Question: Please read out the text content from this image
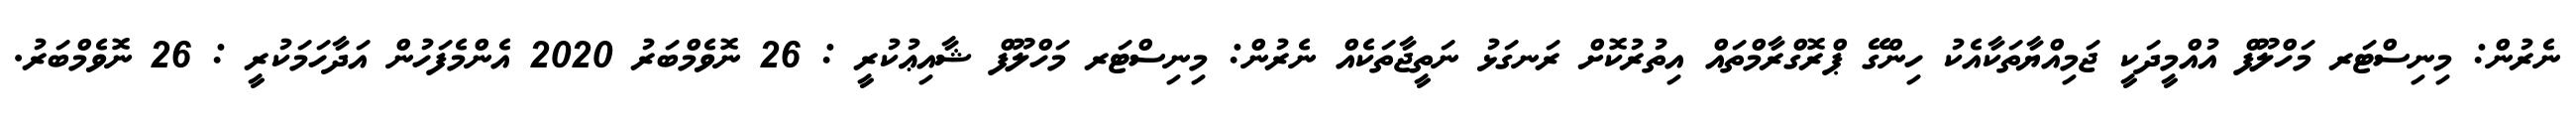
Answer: ނެރުން: މިނިސްޓަރ މަހްލޫފް އުއްމީދަކީ ޖަމިއްޔާތަކާއެކު ހިންގޭ ޕްރޮގްރާމްތައް އިތުރުކޮށް ރަނގަޅު ނަތީޖާތަކެއް ނެރުން: މިނިސްޓަރ މަހްލޫފް ޝާއިޢުކުރީ : 26 ނޮވެމްބަރު 2020 އެންމެފަހުން އަދާހަމަކުރީ : 26 ނޮވެމްބަރު.